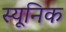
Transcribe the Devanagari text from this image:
स्यूनिक